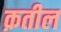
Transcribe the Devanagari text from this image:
क़तील